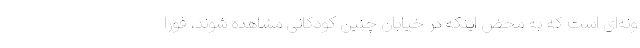
ونه‌ای است که به محض اینکه در خیابان چنین کودکانی مشاهده شوند، فورا